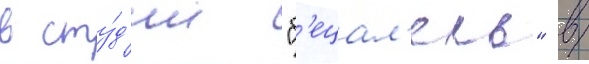
в сту́д'ии "б'ецал'ель" в